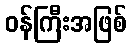
ဝန်ကြီးအဖြစ်